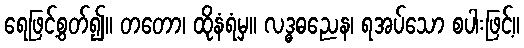
ရေဖြင့်စွတ်၍။ တတော၊ ထိုနံရံမှ။ လဒ္ဓဓညေန၊ ရအပ်သော စပါးဖြင့်။